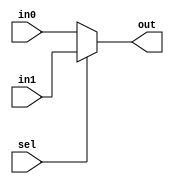
`timescale 1ns / 1ps
//////////////////////////////////////////////////////////////////////////////////
// Company: 
// Engineer: 
// 
// Design Name: 
// Module Name: RISC_16bit
// Project Name: 
// Target Devices: 
// Tool Versions: 
// Description: 
// 
// Dependencies: 
// 
// Revision:
// Revision 0.01 - File Created
// Additional Comments:
// 
//////////////////////////////////////////////////////////////////////////////////

module mux2in#( parameter W = 8 )
    ( in0,
      in1,
      sel,
      out
    );
    
    input  [W-1:0] in0;
    input  [W-1:0] in1;
    input          sel;
    
    output [W-1:0] out;
    
    assign out = sel ? in1 : in0;
    
endmodule
//-----------------------------------------------------------------
//-----------------------------------------------------------------
module DataReg#( parameter W = 16 )
    ( clk,
      addr,
      rd,
      wr,
      W_data,
      R_data
    );
    
    input          clk;
    input  [W-9:0] addr;   // 8-bit address to allow 256 selections for DREG
    input          rd;
    input          wr;
    input  [W-1:0] W_data;
    
    output reg [W-1:0] R_data;
 
    reg [15:0] DMEM [0:255]; //256 addresses 16-bits long.   
        
    integer i;
    
    initial 
    begin
      R_data = 16'hZZZZ;
      
      // DMEM[i] is the index sent by the input addr. Either from PC_addr or D_addr.
      // The values being set into the indexes are
      // 16'b opcode_ destination reg _ sourceA reg _ sourceB reg.
      // These are sent to the IR register and the RegisterFile
      // as instructions. In the Register File values should be preset
      // into the destination, sourceA and sourceB registers, while the opcode gets sent to the ALU.
      // or some other function.
      DMEM[0]  = 16'b0000_0000_0001_0010; // opcode: 0000 Add
      DMEM[1]  = 16'b0001_0011_0100_0101; // opcode: 0001 Sub
      
      DMEM[2]  = 16'b0010_0110_0111_1000; // opcode: 0010 AND
      DMEM[3]  = 16'b0011_1001_1010_1011; // opcode: 0011 OR
      DMEM[4]  = 16'b0100_1100_1101_1110; // opcode: 0100 XOR
      DMEM[5]  = 16'b0101_0000_0001_0010; // opcode: 0101 NOT
      DMEM[6]  = 16'b0110_0011_0100_0101; // opcode: 0110 SLA
      DMEM[7]  = 16'b0111_0110_0111_1000; // opcode: 0111 SRA
      
      DMEM[8]  = 16'b1000_1001_1010_1011; // opcode: 1000 LI
      DMEM[9]  = 16'b1001_1100_1101_1110; // opcode: 1001 LW
      DMEM[10] = 16'b1010_0000_0001_0010; // opcode: 1010 SW
      
      DMEM[11] = 16'b1011_0011_0100_0101; // opcode: 1011 BIZ
      DMEM[12] = 16'b1100_0110_0111_1000; // opcode: 1100 BNZ
      
      DMEM[13] = 16'b1101_1001_1010_1011; // opcode: 1101 JAL
      DMEM[14] = 16'b1110_1100_1101_1110; // opcode: 1110 JMP
      DMEM[15] = 16'b1111_0000_0001_0010; // opcode: 1111 JR
      
      for ( i = 16; i < 256; i = i+1 )    
        begin
          DMEM[i] = 0;  
        end
        
    end  
    
    always @( posedge clk )
      begin
        if ( wr == 1'b1 )
          DMEM[addr] <= W_data[W-1:0]; // In the specified address of DREG[], store Write data.
      end
          
    always @( posedge clk )
      begin
        if ( rd == 1'b1 )
          R_data <= DMEM[addr];
        else
          R_data <= R_data;
      end  
    
endmodule

module mux3in#( parameter W = 16 )
    ( in0,
      in1,
      in2,
      s0,
      s1,
      out
    );
    
    input  [W-1:0] in0;
    input  [W-1:0] in1;
    input  [W-9:0] in2;
    input          s0;
    input          s1;
    
    output reg [W-1:0] out;
    
    // in2 also needs to consider 8-bit sign extended immediate ( LI operation ).
    // if s1 is high and s0 is high, then check if the MSB of in2 is high.
    // if it is, then sign-extend high to 16 bits, else sign-extend low to 16 bits.
    // if s1 is high and s0 is low, then input is in1.
    // if s1 is low then input is in0. 
        
    always @(*)
      begin
        case ( {s1, s0} )
          2'b00: out = in0;
          
          2'b01: out = in1;
          
          2'b10: begin
                   if ( in2[W-9] == 1'b1 )
                     out = {8'hFF, in2[W-9:0]};
                   else 
                     out = {8'h00, in2[W-9:0]};
                 end

          default: out = in0;
        endcase
      end
        
endmodule
//-----------------------------------------------------------------
//-----------------------------------------------------------------
module RegisterFile#( parameter W = 16 )
    ( clk,
      W_data,
      W_addr,
      W_wr,
      Rp_addr,
      Rp_rd,
      Rq_addr,
      Rq_rd,
      Rp_data,
      Rq_data
    );
    
    input  clk;
    input  [W-1:0] W_data;
    input  [3:0]   W_addr;
    input          W_wr;
    input  [3:0]   Rp_addr;
    input          Rp_rd;
    input  [3:0]   Rq_addr;
    input          Rq_rd;
    
    output reg [W-1:0] Rp_data;
    output reg [W-1:0] Rq_data;
        
    reg [15:0] RFMEM [0:15];
    
    integer i;
    
    initial 
    begin
      Rp_data = 0;
      Rq_data = 0;
      
      RFMEM[0]  = 16'b0000_0000_0000_0000; //dest
      RFMEM[1]  = 16'b0000_0000_0000_0001; //source A
      RFMEM[2]  = 16'b0000_0000_0000_0001; //source B
      
      RFMEM[3]  = 16'b0000_0000_0000_0000; //dest
      RFMEM[4]  = 16'b0000_0000_0000_0001; //source A
      RFMEM[5]  = 16'b0000_0000_0000_0001; //source B
      
      RFMEM[6]  = 16'b0000_0000_0000_0000; //dest
      RFMEM[7]  = 16'b0000_0000_0000_0001; //source A
      RFMEM[8]  = 16'b0000_0000_0000_0001; //source B
      
      RFMEM[9]  = 16'b0000_0000_0000_0000; //dest
      RFMEM[10] = 16'b0000_0000_0000_0001; //source A
      RFMEM[11] = 16'b0000_0000_0000_0001; //source B
      
      RFMEM[12] = 16'b0000_0000_0000_0000; //dest
      RFMEM[13] = 16'b0000_0000_0000_0001; //source A
      RFMEM[14] = 16'b0000_0000_0000_0001; //source B
      
      RFMEM[15] = 16'b0000_0000_0000_0000;
    end  
    
    always @( posedge clk )
      begin
        if ( W_wr == 1'b1 )
          RFMEM[W_addr] <= W_data[W-1:0]; 
      end
    
    always @( posedge clk ) 
      begin
        if ( Rp_rd == 1'b1 )
          begin
            //RFMEM[Rp_addr] <= Rp_addr; // instead of manually setting values.
            Rp_data        <= RFMEM[Rp_addr];  
          end
        if ( Rq_rd == 1'b1 )
          begin
            //RFMEM[Rq_addr] <= Rq_addr; // instead of manually setting values.
            Rq_data        <= RFMEM[Rq_addr]; 
          end
      end
    
endmodule
//-----------------------------------------------------------------
//-----------------------------------------------------------------
module EQZero#( parameter W = 16 )
    ( in0,
      out
    );
    
    input  [W-1:0] in0;
    output         out;
    
    assign out = ( in0 == 16'd0 );
    
endmodule
//-----------------------------------------------------------------
//-----------------------------------------------------------------
module ALU#( parameter W = 16 )
    ( A,
      B,
      s,
      out
    );
    
    input  [W-1:0] A;
    input  [W-1:0] B;
    input  [2:0]   s;
    
    output reg [W-1:0] out;
    
    localparam ADD = 3'b000;
    localparam SUB = 3'b001;
    localparam AND = 3'b010;
    localparam OR  = 3'b011;
    localparam XOR = 3'b100;
    localparam NOT = 3'b101;
    localparam SLA = 3'b110;
    localparam SRA = 3'b111;
    
    always @(*) 
      begin
        case ( s )
          ADD: out = A + B;
          SUB: out = A - B;
          AND: out = A & B;
          OR : out = A | B;
          XOR: out = A ^ B;
          NOT: out = ~A;
          SLA: out = A << 1;
          SRA: out = A >> 1;
                  
          default: out = A + B;
      
        endcase 
      end
    
    
endmodule
//--------------------------------------------------------------------------------
//--------------------------------------------------------------------------------
module ProgramCounter#( parameter W = 8 ) 
    ( clk,
      ld,
      data_in,
      clr,
      up,
      pc
    );
    
    input          clk;
    input          ld;
    input  [W-1:0] data_in;
    input          clr;
    input          up;
    
    output reg [W-1:0] pc;    
    
    initial 
    begin
      pc = 8'd0;
    end
    
    always @( posedge clk )
      begin
        casex ( {clr, up, ld} )
          
          3'b0X1: pc <= data_in;
          
          3'b01X: pc <= pc + 1;
         
          3'b1XX: pc <= 8'd0;
         
          default: pc = pc;
        endcase
      end
      
endmodule
//--------------------------------------------------------------------------------
//--------------------------------------------------------------------------------
module Offset#( parameter W = 8 )
    ( in0,
      in1,
      out  
    );
    
    input  [W-1:0] in0;
    input  [W-1:0] in1;
    
    output [W-1:0] out;
      
    
endmodule
//--------------------------------------------------------------------------------
//--------------------------------------------------------------------------------
module InstructionRegister#( parameter W = 16 )
    ( clk,
      ld,
      in,
      out
    );
    
    input          clk;
    input          ld;
    input  [W-1:0] in;
    
    output reg [W-1:0] out;

    always @( posedge clk )
      begin
        if ( ld == 1'b1 )
          out <= in;
      end
    
endmodule
//--------------------------------------------------------------------------------
//--------------------------------------------------------------------------------
module controller#( parameter W = 16 ) 
    ( clk,
      reset,
      instruction,
      RF_Rp_zero,
      PC_ld,
      PC_clr,
      PC_inc,
      IR_ld,
      D_addr,
      D_addr_sel,
      D_rd,
      D_wr,
      RF_W_data,
      RF_s1,
      RF_s0,
      RF_W_addr,
      RF_W_wr,
      RF_Rp_addr,
      RF_Rp_rd,
      RF_Rq_addr,
      RF_Rq_rd,
      alu_s,
      state,
      nstate
    );
    
    input          clk;
    input          reset;
    input  [W-1:0] instruction; //IR Wire   
    input          RF_Rp_zero;
    
    output         PC_ld;
    output         PC_clr;
    output         PC_inc;
    output         IR_ld;
    output [W-9:0] D_addr;
    output         D_addr_sel;
    output         D_rd;
    output         D_wr;
    output [W-9:0] RF_W_data;
    output         RF_s1;
    output         RF_s0;
    output [3:0]   RF_W_addr;
    output         RF_W_wr;
    output [3:0]   RF_Rp_addr;
    output         RF_Rp_rd;
    output [3:0]   RF_Rq_addr;
    output         RF_Rq_rd;
    output [2:0]   alu_s;
    output [2:0]   state;
    output [2:0]   nstate;
    
    reg          PC_ld;
    reg          PC_clr;
    reg          PC_inc;
    reg          IR_ld;
    reg  [W-9:0] D_addr;
    reg          D_addr_sel;
    reg          D_rd;
    reg          D_wr;
    reg  [W-9:0] RF_W_data;
    reg          RF_s1;
    reg          RF_s0;
    reg  [3:0]   RF_W_addr;
    reg          RF_W_wr;
    reg  [3:0]   RF_Rp_addr;
    reg          RF_Rp_rd;
    reg  [3:0]   RF_Rq_addr;
    reg          RF_Rq_rd;
    reg  [2:0]   alu_s;
                 
    reg [2:0] state;
    reg [2:0] nstate;
  
    //
    // 1.) IF
    // 2.) ID  IF
    // 3.) EX  ID  IF
    // 4.) MEM EX  ID
    // 5.) WB  MEM EX
    //         WB  MEM
    //             WB
    
    localparam IDLE = 3'b000;
    localparam IF   = 3'b001;
    localparam ID   = 3'b010;
    localparam EX   = 3'b011;
    localparam MEM  = 3'b100;
    localparam WB   = 3'b101;
    
    wire [3:0] opcode;  
    wire [3:0] Rc;
    wire [3:0] Ra;
    wire [3:0] Rb;
    
    assign opcode = instruction[W-1:12];
    assign Rc     = instruction[11:8];
    assign Ra     = instruction[7:4];
    assign Rb     = instruction[3:0]; 
            
    always @( posedge clk or posedge reset )
      begin
        if ( reset )
          begin
            state  <= 3'b000;
            nstate <= 3'b000;
            //PC_clr <= 1'b1;
          end
        else 
          state  <= nstate;
          //PC_clr <= 1'b0; 
      end
      
    //state or opcode or Rc or Ra or Rb or reset
    always @( state or opcode or Rc or Ra or Rb or reset )
      begin
        nstate     = state;    
        PC_ld      = 1'b0;
        PC_clr     = 1'b0; //
        PC_inc     = 1'b0;
        IR_ld      = 1'b0;
        //D_addr     = 8'b0; used in an always block below
        D_addr_sel = 1'b0;
        D_rd       = 1'b0;
        D_wr       = 1'b0;
        RF_W_data  = 8'b0;
        RF_s1      = 1'b0;
        RF_s0      = 1'b0;
        RF_W_addr  = 4'b0;
        RF_W_wr    = 1'b0;
        RF_Rp_addr = 4'b0;
        RF_Rp_rd   = 1'b0;
        RF_Rq_addr = 4'b0;
        RF_Rq_rd   = 1'b0;
        //alu_s      = 3'b0;
        
        casex ( state )
          IDLE: begin
                  if ( !reset )
                    nstate = IF;
                  else
                    begin
                      nstate = state;
                      PC_clr = 1'b1;
                    end
                end
          
          IF : begin  
                 PC_clr     = 1'b0;
                 PC_inc     = 1'b1;
                 D_addr_sel = 1'b0;
                 D_rd       = 1'b1;
                 IR_ld      = 1'b1;
                 nstate     = ID;
               end
               
          ID : begin
                 casex ( opcode )
                   4'b0XXX: begin
                              RF_Rp_addr = Ra;
                              RF_Rp_rd   = 1'b1;
                              RF_Rq_addr = Rb;
                              RF_Rq_rd   = 1'b1; 
                              nstate     = EX;
                            end
                             
                   4'b1000: begin
                              RF_W_data = {Ra, Rb}; // concatenating lower 8 bits
                              nstate    = EX;       // sign-extension calculation
                                                    // occurs in mux3in module
                            end
                   
                   4'b1001: begin
                              nstate = EX;
                            end
                   
                   4'b1010: begin
                              RF_Rp_addr = Ra;
                              RF_Rp_rd   = 1'b1;
                              nstate     = EX;
                            end
                  
                   default: nstate = EX;
                 endcase    
               end
          
          EX : begin
                 casex ( opcode )
                   4'b0XXX: begin
                              alu_s  = opcode[2:0];
                              nstate = MEM; 
                            end
                             
                   4'b1000: begin
                              nstate = MEM;
                            end
                   
                   4'b1001: begin
                              nstate = MEM;
                            end
                   
                   4'b1010: begin
                              nstate = MEM;
                            end
            
                   default: nstate = MEM;
                 endcase                 
               end
          
          MEM: begin
                 casex ( opcode )
                   4'b0XXX: begin
                              nstate = WB;
                            end
                            
                   4'b1000: begin
                              nstate = WB;
                            end         
                                 
                   4'b1001: begin
                              D_addr_sel = 1'b1;
                              D_rd       = 1'b1;
                              nstate     = WB;
                            end
                                      
                   4'b1010: begin
                              D_addr_sel = 1'b1;
                              D_wr       = 1'b1;
                              nstate     = WB;
                            end
                  
                   default: nstate = WB;   
                 endcase              
               end
          
          WB : begin
                 casex ( opcode )
                   4'b0XXX: begin
                              RF_s1     = 1'b0;
                              RF_s0     = 1'b0;                   
                              RF_W_addr = Rc;
                              RF_W_wr   = 1'b1;
                              nstate    = IF; 
                            end
                             
                   4'b1000: begin
                              RF_s1     = 1'b1;
                              RF_s0     = 1'b0;
                              RF_W_addr = Rc;
                              RF_W_wr   = 1'b1;
                              nstate    = IF;
                            end
                   
                   4'b1001: begin
                              RF_s1     = 1'b0;
                              RF_s0     = 1'b1;
                              RF_W_addr = Rc;
                              RF_W_wr   = 1'b1;
                              nstate    = IF;
                            end
                   
                   4'b1010: begin
                              nstate = IF;
                            end

                   default: nstate = IF;
                 endcase          
               end
               
          default: begin
                     nstate = IDLE;
                   end
           
        endcase
      end
   
   always @(*)
     begin
       if ( D_addr_sel && D_rd )
         D_addr = 8'h9;
       else if ( D_addr_sel && D_wr )
         D_addr = 8'ha;
       else 
         D_addr = 8'd0;             
     end
   
endmodule
//================================================================================
//================================================================================
module Datapath#( parameter W = 16 )
    ( clk,    
      R_data,
      RF_W_data,
      RF_s1,
      RF_s0,
      RF_W_addr,
      W_wr,
      RF_Rp_addr,
      Rp_rd,
      RF_Rq_addr,
      Rq_rd,
      alu_s,
      alu_out_wire,
      RF_Rp_zero,
      Rp_data_wire
      //Rq_data_wire
    );
    
    input          clk;
      
    input  [W-1:0] R_data;
    input  [W-9:0] RF_W_data; // A, B input;
    input          RF_s1;
    input          RF_s0;
    input  [3:0]   RF_W_addr;
    input          W_wr;
    input  [3:0]   RF_Rp_addr;
    input          Rp_rd;
    input  [3:0]   RF_Rq_addr;
    input          Rq_rd;
    input  [2:0]   alu_s;
    
    output [W-1:0] alu_out_wire; // in top module for viewing 
    output         RF_Rp_zero;
    output [W-1:0] Rp_data_wire; // W_data
    //output [W-1:0] Rq_data_wire;
    
    wire [W-1:0] alu_out_wire;
    wire [W-1:0] mux3_out_wire;
                
    mux3in mux3 ( .in0 ( alu_out_wire  ),
                  .in1 ( R_data        ),
                  .in2 ( RF_W_data     ),
                  .s0  ( RF_s0         ),
                  .s1  ( RF_s1         ),
                  .out ( mux3_out_wire )
                );       
    
    wire [W-1:0] Rp_data_wire;
    wire [W-1:0] Rq_data_wire;
    
    RegisterFile RF ( .clk     ( clk           ),
                      .W_data  ( mux3_out_wire ),
                      .W_addr  ( RF_W_addr     ),
                      .W_wr    ( W_wr          ),
                      .Rp_addr ( RF_Rp_addr    ),
                      .Rp_rd   ( Rp_rd         ),
                      .Rq_addr ( RF_Rq_addr    ),
                      .Rq_rd   ( Rq_rd         ),
                      .Rp_data ( Rp_data_wire  ),
                      .Rq_data ( Rq_data_wire  )
                    );    
    
    EQZero EQZ ( .in0 ( Rp_data_wire ),
                 .out ( RF_Rp_zero   )
               );
    
    ALU aluOp ( .A   ( Rp_data_wire ),
                .B   ( Rq_data_wire ),
                .s   ( alu_s        ),
                .out ( alu_out_wire )
              );
              
endmodule
//================================================================================
//================================================================================
module Control_Unit#( parameter W = 16 )
    ( clk,
      reset,
      RF_Rp_zero,
      R_data,
      PC_addr,
      PC_clr,   //
      D_addr_sel,
      D_addr,
      D_rd,
      D_wr,
      RF_W_data,
      RF_s1,
      RF_s0,
      RF_W_addr,
      RF_W_wr,
      RF_Rp_addr,
      RF_Rp_rd,
      RF_Rq_addr,
      RF_Rq_rd,
      alu_s,
      //instruction,
      state,
      nstate   
    );
    
    input          clk;
    input          reset;
    input          RF_Rp_zero;
    input  [W-1:0] R_data; //
    
    output [W-9:0] PC_addr; // in top module for viewing
    output         PC_clr;
    output         D_addr_sel;
    output [W-9:0] D_addr;
    output         D_rd;
    output         D_wr;
    output [W-9:0] RF_W_data;
    output         RF_s1;
    output         RF_s0;
    output [3:0]   RF_W_addr;
    output         RF_W_wr;
    output [3:0]   RF_Rp_addr;
    output         RF_Rp_rd;
    output [3:0]   RF_Rq_addr;
    output         RF_Rq_rd;
    output [2:0]   alu_s;
    //output [W-1:0] R_data; changed to input unless debugging.
    //output [W-1:0] instruction;
    output [2:0]   state;
    output [2:0]   nstate;
    
    //wire         D_addr_sel;
    //wire [W-9:0] PC_addr;
    //wire [W-9:0] D_addr;
    //wire [W-9:0] mux_out_D_in;        
    
    //mux2in mux2 ( .in0( PC_addr ), .in1( D_addr ), .sel( D_addr_sel ), .out( mux_out_D_in ) );
    
    //wire         D_rd;
    //wire         D_wr;
    //wire [W-1:0] R_data;
    
    //DataReg DR ( .clk( clk ), .addr( mux_out_D_in ), .rd( D_rd ), .wr( D_wr ), .W_data( 16'd0 ), .R_data( R_data ) );
    
    wire PC_clr;
    wire PC_ld;
    wire PC_inc;

    wire [7:0] offset_wire;
        
    ProgramCounter PC ( .clk     ( clk         ),
                        .ld      ( PC_ld       ),
                        .data_in ( offset_wire ),
                        .clr     ( PC_clr      ),
                        .up      ( PC_inc      ),
                        .pc      ( PC_addr     )
                      );
    
    Offset Off ( .in0( 8'd0 ), .in1 ( 8'd0 ), .out ( offset_wire ) );
    
    wire         IR_ld;
    wire [W-1:0] instruction;
    
    InstructionRegister IR ( .clk   ( clk         ),
                             .ld    ( IR_ld       ),
                             .in    ( R_data      ),
                             .out   ( instruction )
                           );
    
    controller contr ( .clk         ( clk         ), .reset      ( reset      ), 
                       .instruction ( instruction ), .RF_Rp_zero ( 1'b0       ), 
                       .PC_ld       ( PC_ld       ), .PC_clr     ( PC_clr     ), 
                       .PC_inc      ( PC_inc      ), .IR_ld      ( IR_ld      ), 
                       .D_addr      ( D_addr      ), .D_addr_sel ( D_addr_sel ), 
                       .D_rd        ( D_rd        ), .D_wr       ( D_wr       ), 
                       .RF_W_data   ( RF_W_data   ), .RF_s1      ( RF_s1      ), 
                       .RF_s0       ( RF_s0       ), .RF_W_addr  ( RF_W_addr  ), 
                       .RF_W_wr     ( RF_W_wr     ), .RF_Rp_addr ( RF_Rp_addr ), 
                       .RF_Rp_rd    ( RF_Rp_rd    ), .RF_Rq_addr ( RF_Rq_addr ), 
                       .RF_Rq_rd    ( RF_Rq_rd    ), .alu_s      ( alu_s      ),
                       .state       ( state       ), .nstate     ( nstate     )
                     );
    
endmodule
//================================================================================
//================================================================================
module RISC_16bit#( parameter W = 16 )
    ( clk,
      reset,
      PC_addr,
      alu_out,
      alu_s,
      state,
      nstate
    );
    
    input  clk;
    input  reset;
    
    output [W-9:0] PC_addr;
    output [W-1:0] alu_out;
    output [2:0]   alu_s;
    output [2:0]   state;
    output [2:0]   nstate;
    
    wire [7:0] PC_addr;
    wire [7:0] D_addr;
    wire       D_addr_sel;
    wire [7:0] mux2_out_D_in;
    
    mux2in mux2 ( .in0 ( PC_addr       ),
                  .in1 ( D_addr        ),
                  .sel ( D_addr_sel    ),
                  .out ( mux2_out_D_in )
                );
  
    wire         D_rd;
    wire         D_wr;
    wire [W-1:0] W_data;
    wire [W-1:0] R_data;
    
    DataReg DR ( .clk    ( clk           ),
                 .addr   ( mux2_out_D_in ),
                 .rd     ( D_rd          ),
                 .wr     ( D_wr          ),
                 .W_data ( W_data        ),
                 .R_data ( R_data        )
               );

    wire [7:0]   RF_W_data;
    wire         RF_s1;
    wire         RF_s0;
    wire [3:0]   RF_W_addr;
    wire         RF_W_wr;
    wire [3:0]   RF_Rp_addr;
    wire         RF_Rp_rd;
    wire [3:0]   RF_Rq_addr;
    wire         RF_Rq_rd;
    wire [2:0]   alu_s;
    wire         RF_Rp_zero;
    wire [W-1:0] Rp_data_wire;
    
    Datapath Dpath ( .clk          ( clk          ), .R_data     ( R_data     ),
                     .RF_W_data    ( RF_W_data    ), .RF_s1      ( RF_s1      ),
                     .RF_s0        ( RF_s0        ), .RF_W_addr  ( RF_W_addr  ),
                     .W_wr         ( RF_W_wr      ), .RF_Rp_addr ( RF_Rp_addr ),
                     .Rp_rd        ( RF_Rp_rd     ), .RF_Rq_addr ( RF_Rq_addr ),
                     .Rq_rd        ( RF_Rq_rd     ), .alu_s      ( alu_s      ),
                     .alu_out_wire ( alu_out      ), .RF_Rp_zero ( RF_Rp_zero ),
                     .Rp_data_wire ( Rp_data_wire )
                   );

    Control_Unit control ( .clk        ( clk        ), .reset      ( reset      ),
                           .RF_Rp_zero ( RF_Rp_zero ), .R_data     ( R_data     ),
                           .PC_addr    ( PC_addr    ), .PC_clr     ( PC_clr     ),   
                           .D_addr_sel ( D_addr_sel ), .D_addr     ( D_addr     ),
                           .D_rd       ( D_rd       ), .D_wr       ( D_wr       ),
                           .RF_W_data  ( RF_W_data  ), .RF_s1      ( RF_s1      ),
                           .RF_s0      ( RF_s0      ), .RF_W_addr  ( RF_W_addr  ),
                           .RF_W_wr    ( RF_W_wr    ), .RF_Rp_addr ( RF_Rp_addr ),
                           .RF_Rp_rd   ( RF_Rp_rd   ), .RF_Rq_addr ( RF_Rq_addr ),
                           .RF_Rq_rd   ( RF_Rq_rd   ), .alu_s      ( alu_s      ),
                           .state      ( state      ), .nstate     ( nstate     )
                         );


endmodule